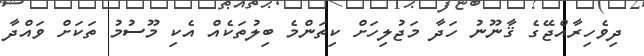
ދިވެހިރާއްޖޭގެ ޤާނޫނު ހަދާ މަޖުލިހަށް ކިތަންމެ ބިލުތަކެއް އެކި މޫސުމު ތަކަށް ވައްދާ